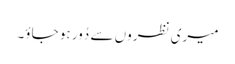
میری نظروں سے دُور ہو جاؤ۔